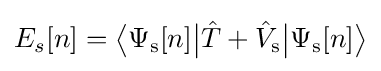
E_{s}[n]={\big \langle }\Psi _{\text{s}}[n]{\big |}{\hat {T}}+{\hat {V}}_{\text{s}}{\big |}\Psi _{\text{s}}[n]{\big \rangle }